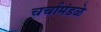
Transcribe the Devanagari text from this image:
चर्चामंडळे